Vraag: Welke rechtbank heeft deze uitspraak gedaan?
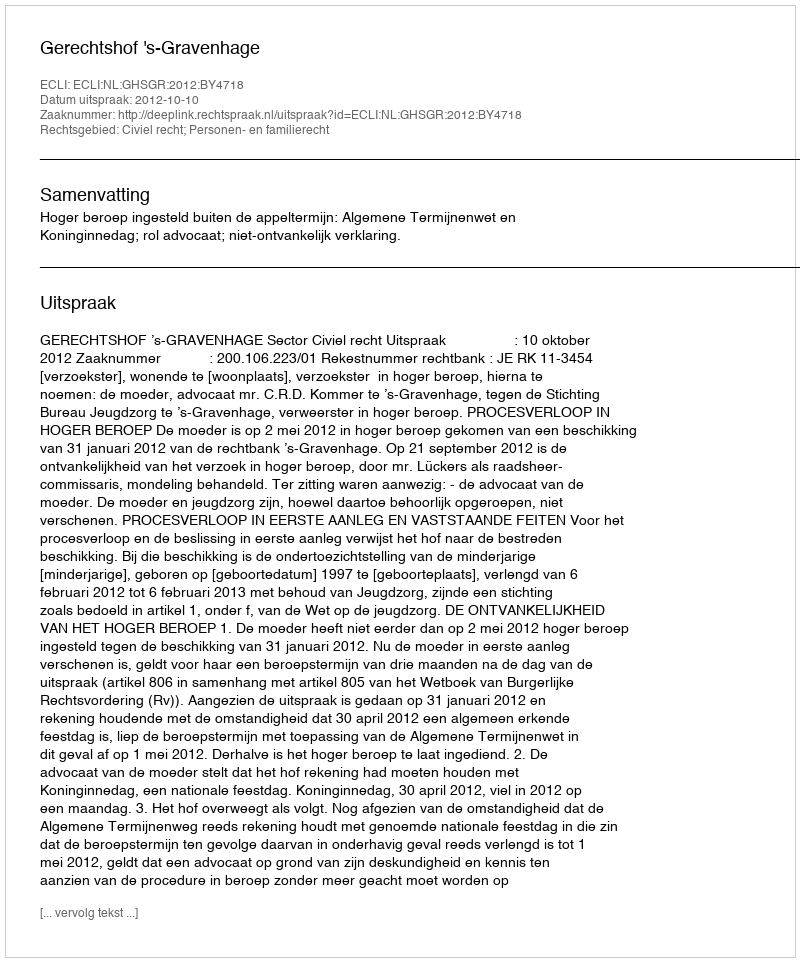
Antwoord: Gerechtshof 's-Gravenhage